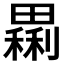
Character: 𤳝